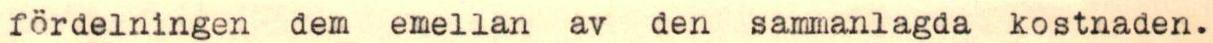
fördelningen dem emellan av den sammanlagda kostnaden.